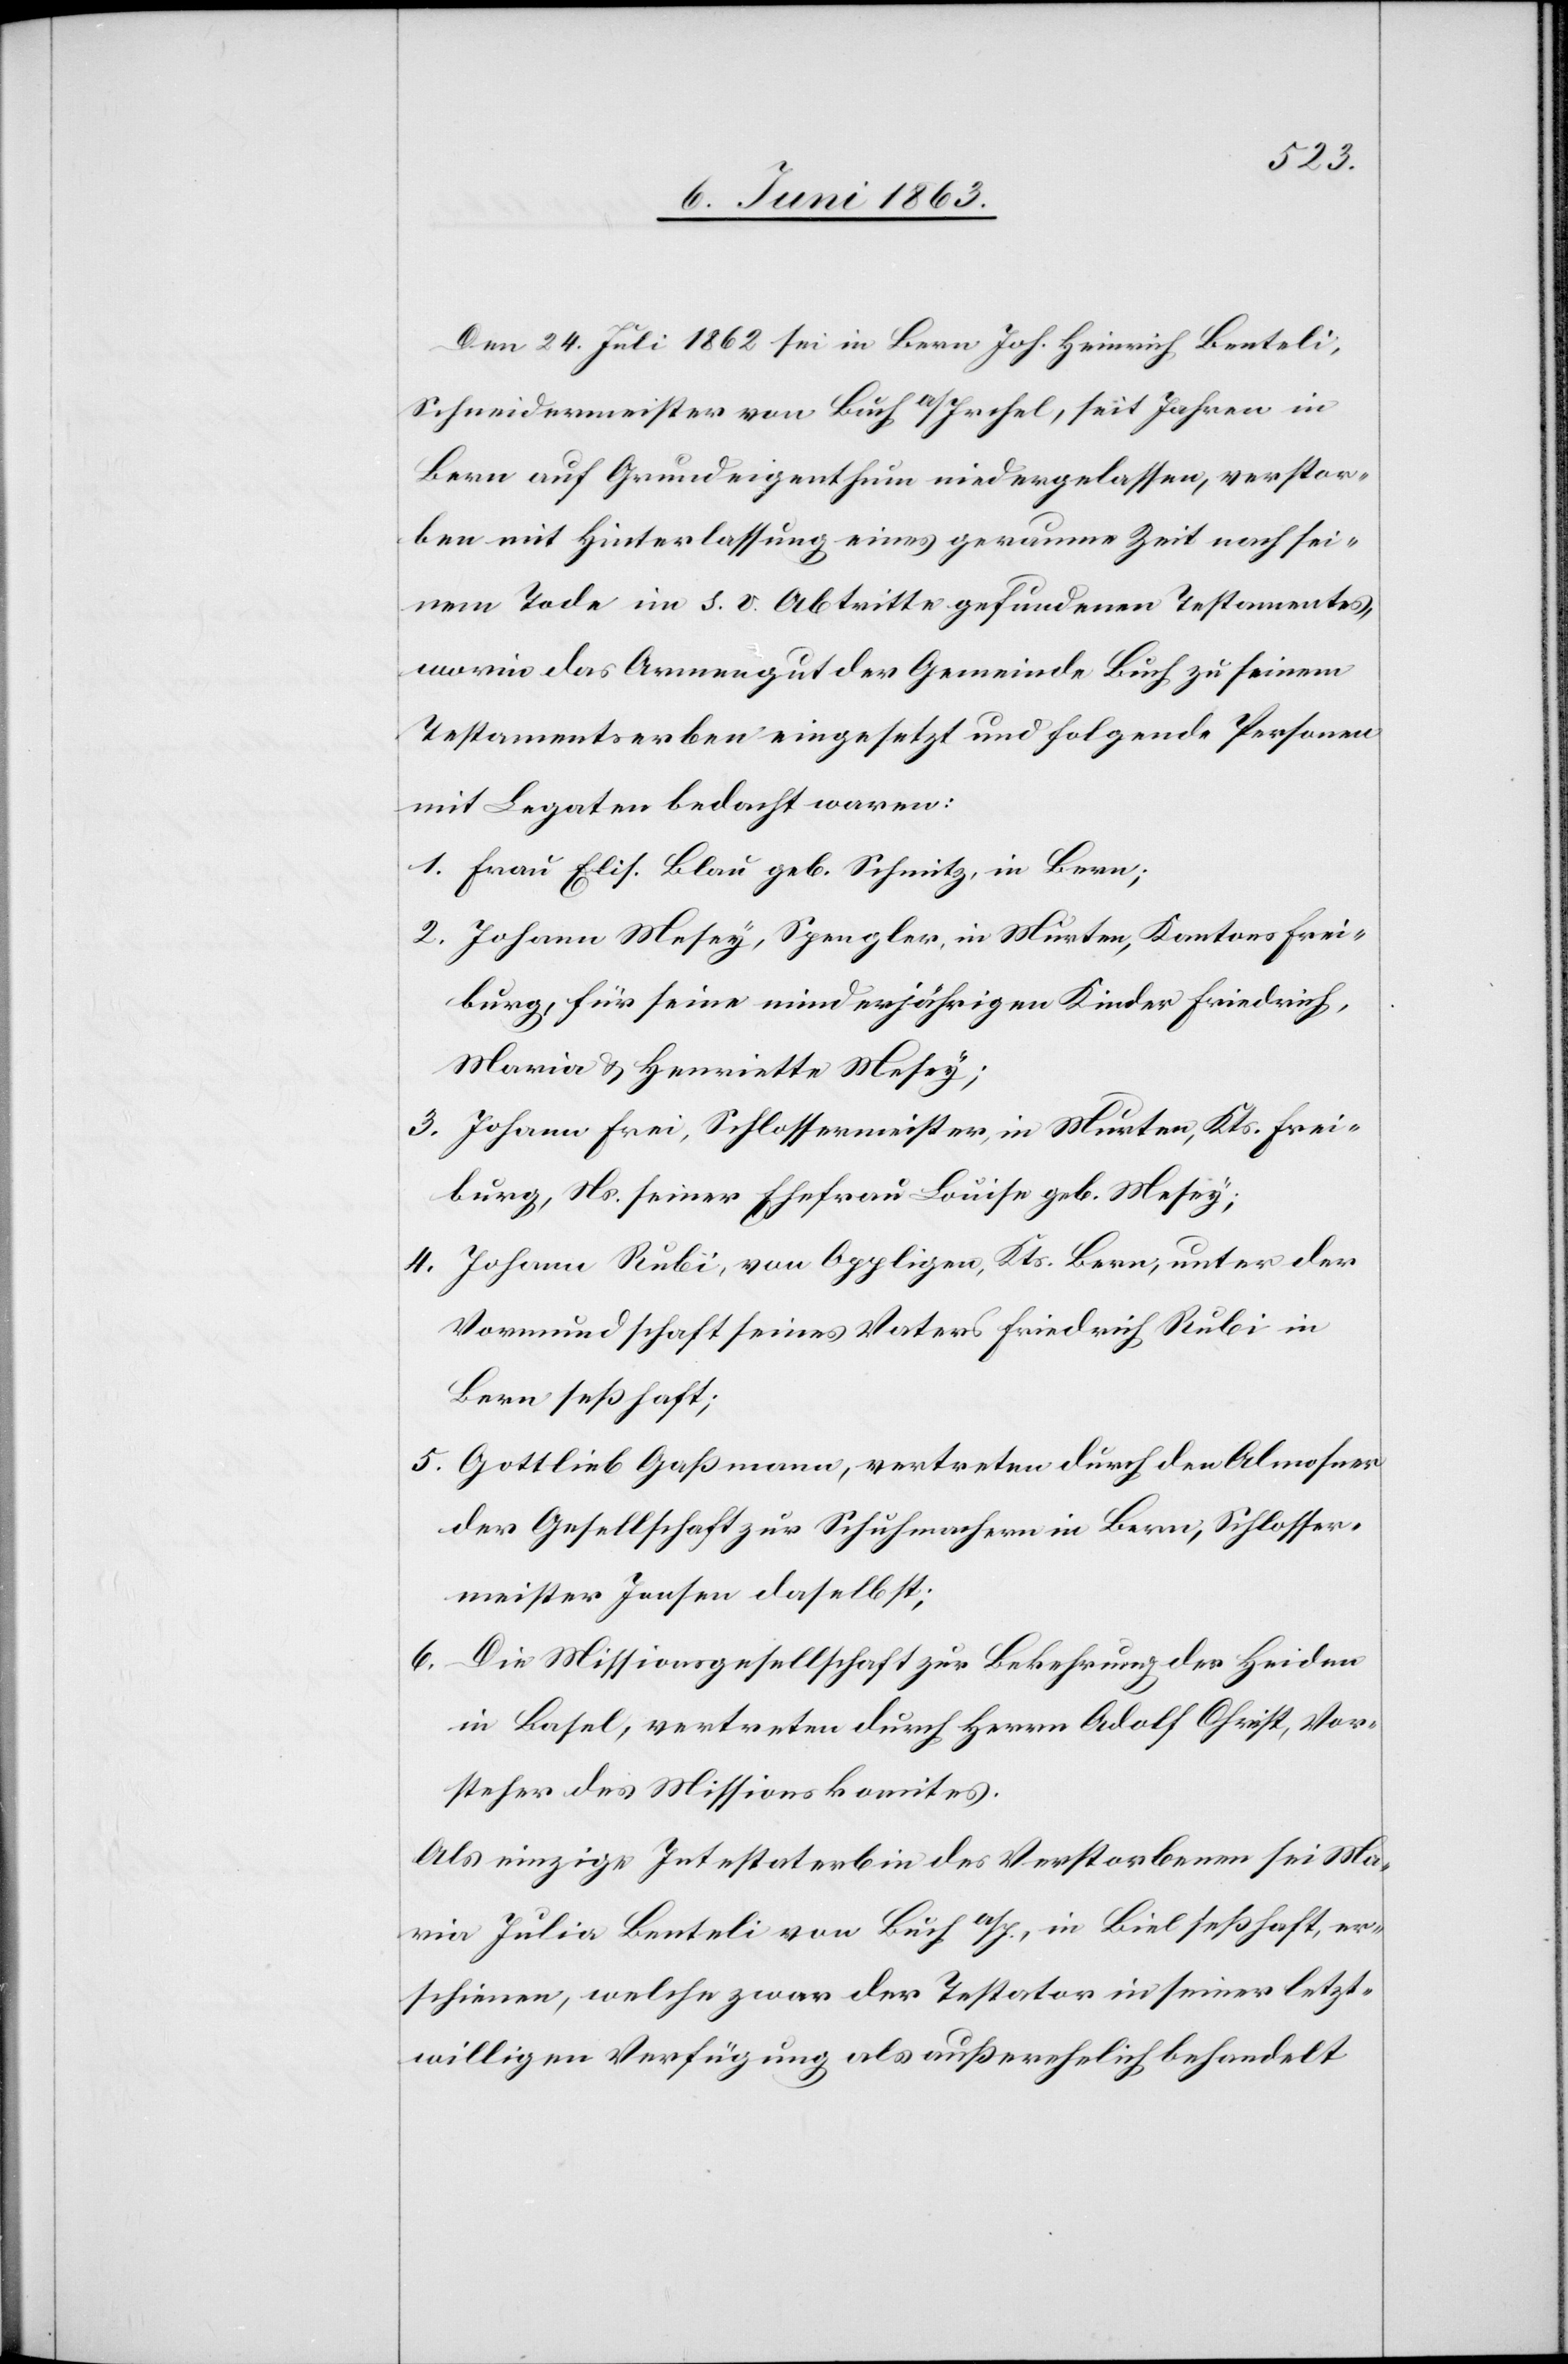
Den 24. Juli 1862 sei in Bern Joh. Heinrich Benteli,
Schneidermeister von Buch a/Irchel, seit Jahren in
Bern auf Grundeigenthum niedergelassen, verstor¬
ben mit Hinterlassung eines geraume Zeit nach sei¬
nem Tode im s. v. Abtritte gefundenen Testamentes,
worin das Armengut der Gemeinde Buch zu seinem
Testamentserben eingesetzt und folgende Personen
mit Legaten bedacht waren:
1. Frau Elis. Blau geb. Schnitz, in Bern;
2. Johann Mesey, Spengler, in Murten, Kantons Frei¬
burg, für seine minderjährigen Kinder Friedrich,
Maria & Henriette Mesey;
3. Johann Frei, Schlossermeister, in Murten, Kts. Frei¬
burg, Ns. seiner Ehefrau Louise geb. Mesey;
4. Johann Rubi, von Oppligen, Kts. Bern, unter der
Vormundschaft seines Vaters Friedrich Rubi in
Bern seßhaft;
5. Gottlieb Gaßmann, vertreten durch den Almosner
der Gesellschaft zur Schuhmachern in Bern, Schlosser¬
meister Jonsen daselbst;
6. Die Missionsgesellschaft zur Bekehrung der Heiden
in Basel, vertreten durch Herrn Adolf Christ, Vor¬
steher des Missionskomites.
Als einzige Intestaterbin des Verstorbenen sei Ma¬
ria Julia Benteli von Buch a/I., in Biel seßhaft, er¬
schienen, welche zwar der Testator in seiner letzt¬
willigen Verfügung als außerehelich behandelt